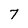
Character: 7